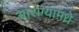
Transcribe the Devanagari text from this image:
आरोग्यामधे